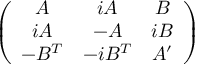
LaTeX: \left( \begin{array} { c c c } { { A } } & { { i A } } & { { B } } \\ { { i A } } & { { - A } } & { { i B } } \\ { { - B ^ { T } } } & { { - i B ^ { T } } } & { { A ^ { \prime } } } \end{array} \right)